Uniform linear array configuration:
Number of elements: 24
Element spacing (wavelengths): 1
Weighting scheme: hann
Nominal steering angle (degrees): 0
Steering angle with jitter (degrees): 1.328
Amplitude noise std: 0.05
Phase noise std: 0.05

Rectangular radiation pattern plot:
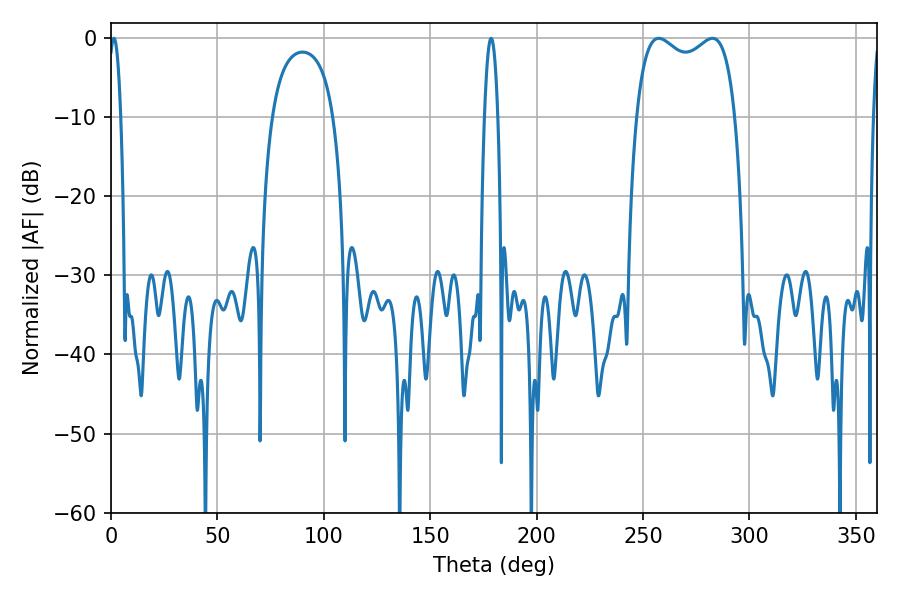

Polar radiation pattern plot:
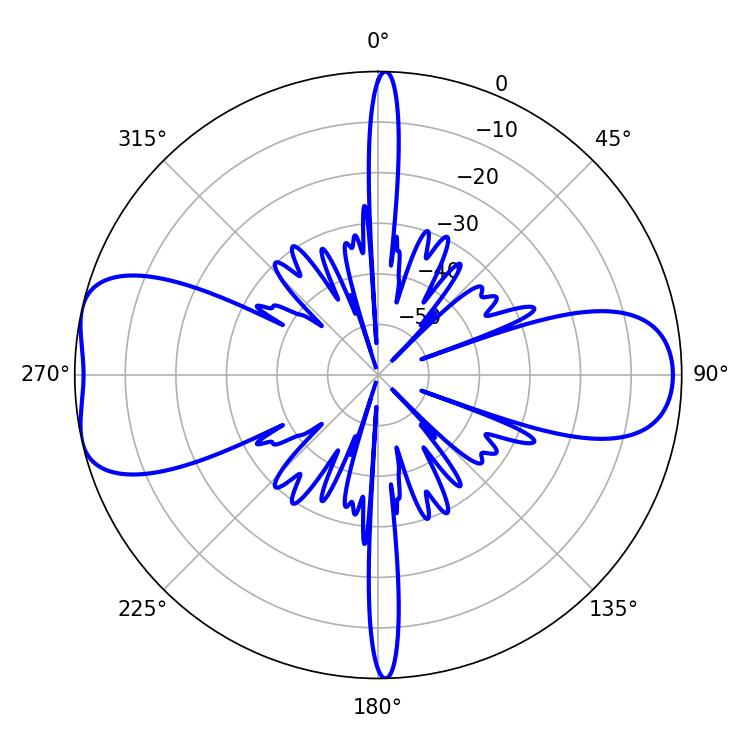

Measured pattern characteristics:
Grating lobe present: TRUE
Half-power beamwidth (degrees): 38.16
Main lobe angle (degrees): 257.4